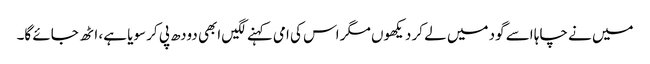
میں نے چاہا اسے گود میں لے کر دیکھوں مگر اس کی امی کہنے لگیں ابھی دودھ پی کر سویا ہے، اٹھ جائے گا۔